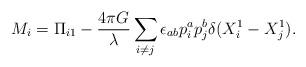
LaTeX: \begin{align*}M_i =\Pi_{i1}-\frac{4\pi G}{\lambda}\sum_{i\ne j}\epsilon_{ab}p^a_i p^b_j\delta(X^1_i-X^1_j).\end{align*}